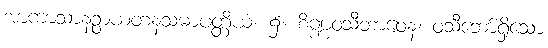
အာကာသာနဉ္စာယတနသမာပတ္တိယံ၊ ၌။ စိဏ္ဏဝသီဘာဝေန၊ ဝသီဘော်ရှိသော